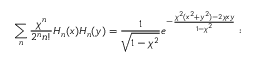
\sum _ { n } \frac { \chi ^ { n } } { 2 ^ { n } n ! } H _ { n } ( x ) H _ { n } ( y ) = \frac { 1 } { \sqrt { 1 - \chi ^ { 2 } } } e ^ { - \frac { \chi ^ { 2 } ( x ^ { 2 } + y ^ { 2 } ) - 2 \chi x y } { 1 - \chi ^ { 2 } } } :